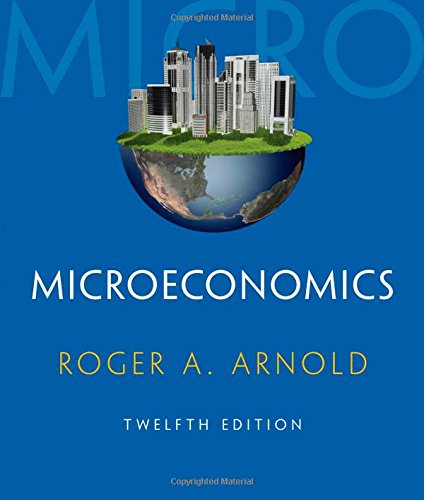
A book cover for Microeconomics (with Digital Assets 2 terms (12 months) Printed Access Card); Roger A. Arnold; Business & Money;